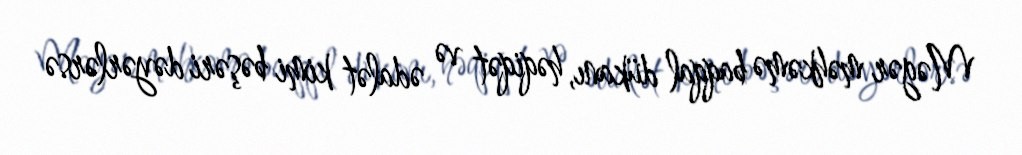
Məgər məhkəmə baqqal dükanı, həqiqət və ədalət kimi bəşəri dəyərlərsə